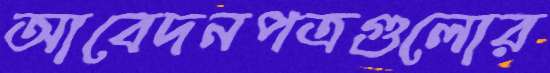
আবেদনপত্রগুলোর